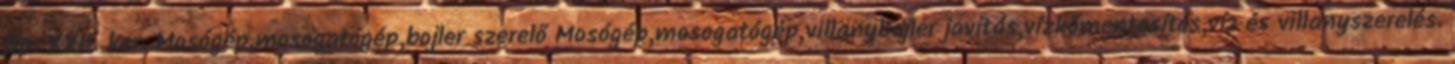
Bp. XXII. ker. Mosógép,mosogatógép,bojler szerelő Mosógép,mosogatógép,villanybojler javítás,vízkőmentesítés,víz és villanyszerelés.